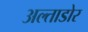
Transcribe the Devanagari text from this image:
अल्ताडोर